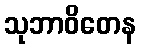
သုဘာဝိတေန